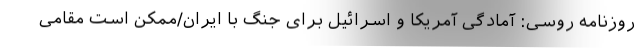
روزنامه روسی: آمادگی آمریکا و اسرائیل برای جنگ با ایران/ممکن است مقامی